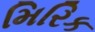
મિરિક